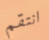
انتقم